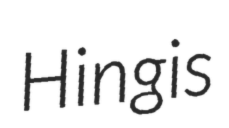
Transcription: Hingis